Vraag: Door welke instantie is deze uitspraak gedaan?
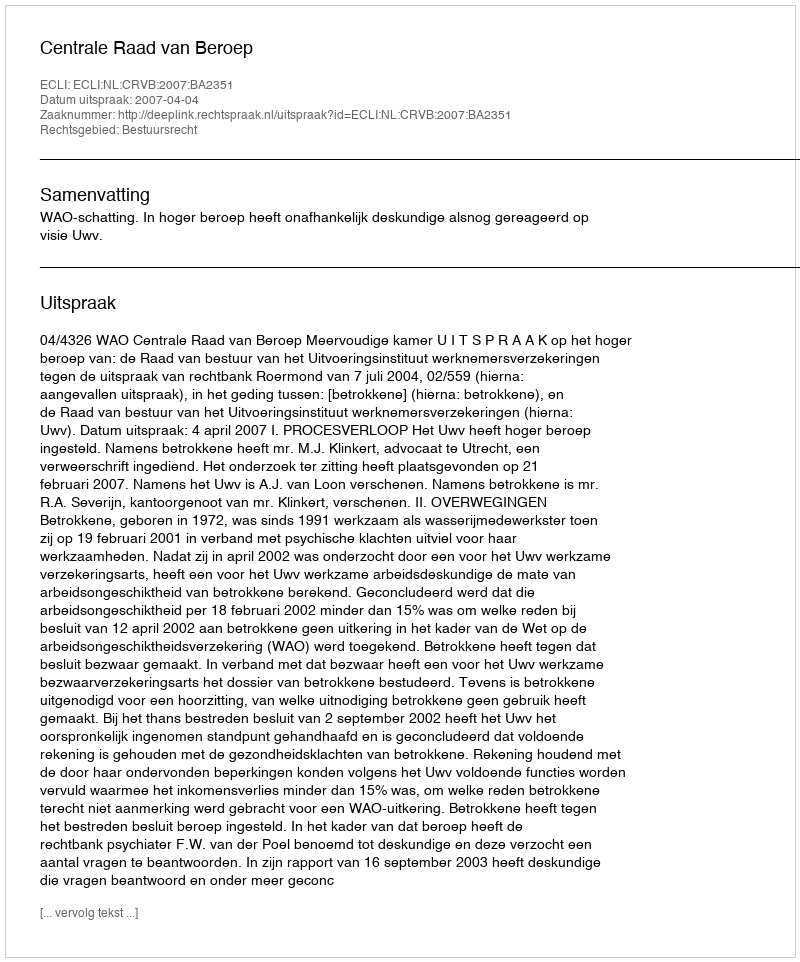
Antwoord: Centrale Raad van Beroep